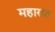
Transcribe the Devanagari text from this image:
महारात